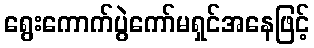
ရွေးကောက်ပွဲကော်မရှင်အနေဖြင့်